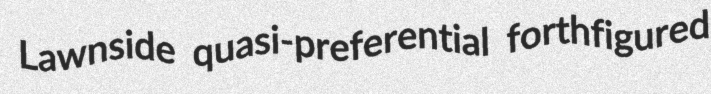
Lawnside quasi-preferential forthfigured